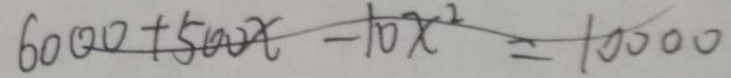
6 0 0 0 + 5 0 0 x - 1 0 x ^ { 2 } = 1 0 0 0 0